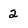
Character: 2